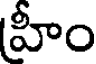
హీం